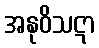
အနုဝိသဋာ